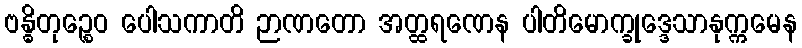
ဗန္ဓိတုဉ္စေဝ ပေါသကာတိ ဉာဏတော အတ္ထရဏေန ပါတိမောက္ခုဒ္ဒေသာနုက္ကမေန